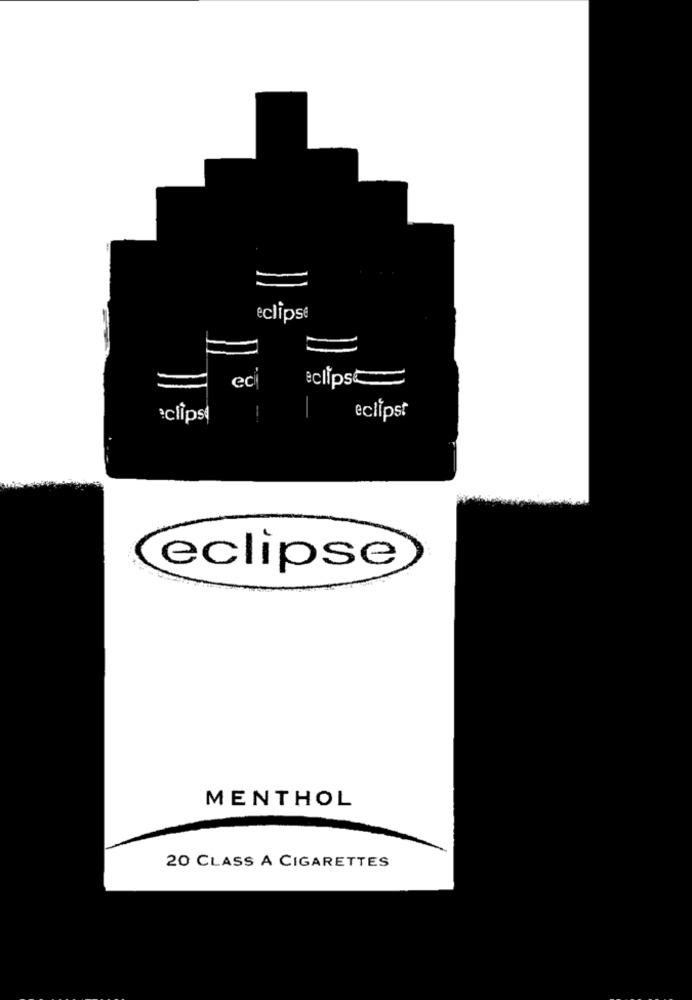
eclipse
eclips
eci
*clips
-
eclipst
eclipse
MENTHOL
20 CLASS A CIGARETTES